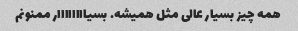
همه چیز بسیار عالی مثل همیشه. بسیاااااااار ممنونم